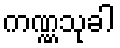
ကဏ္ဏသုခါ